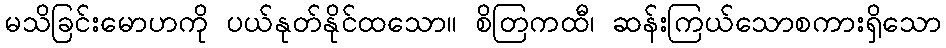
မသိခြင်းမောဟကို ပယ်နုတ်နိုင်ထသော။ စိတြကထီ၊ ဆန်းကြယ်သောစကားရှိသော